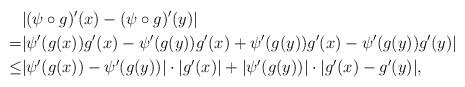
LaTeX: \begin{align*}& |(\psi \circ g)'(x)-(\psi \circ g)'(y)|\\=&|\psi'(g(x))g'(x)-\psi'(g(y))g'(x)+\psi'(g(y))g'(x)-\psi'(g(y))g'(y)|\\\leq& |\psi'(g(x))-\psi'(g(y))| \cdot |g'(x)|+|\psi'(g(y))| \cdot |g'(x)-g'(y)|,\end{align*}